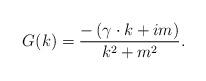
LaTeX: \begin{align*}G(k)=\frac{-\left( \gamma \cdot k+im\right) }{k^{2}+m^{2}}.\end{align*}